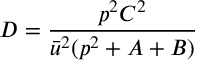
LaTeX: D = { \frac { p ^ { 2 } C ^ { 2 } } { \bar { u } ^ { 2 } ( p ^ { 2 } + A + B ) } }